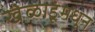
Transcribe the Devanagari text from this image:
खेळाडूंमधून